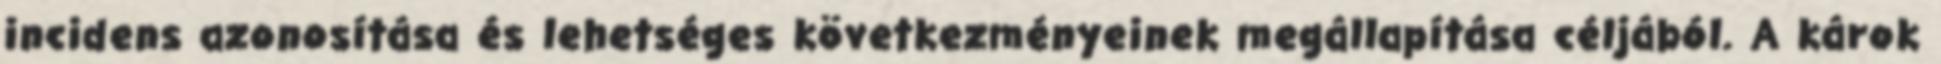
incidens azonosítása és lehetséges következményeinek megállapítása céljából. A károk